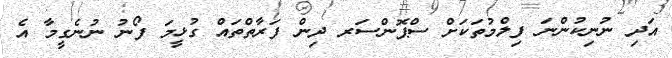
އަދި ނުނިކުންނަ ފިލްމުތަަކަށް ސްޕޮންސަރ ދިން ފަރާތްތައް ގުޅީމަ ފޯނު ނުނެގީމާ އެ